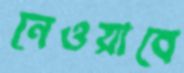
নেওয়াবে